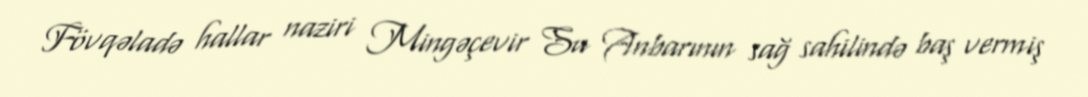
Fövqəladə hallar naziri Mingəçevir Su Anbarının sağ sahilində baş vermiş